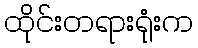
ထိုင်းတရားရုံးက